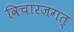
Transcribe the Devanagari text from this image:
विचारजगत्